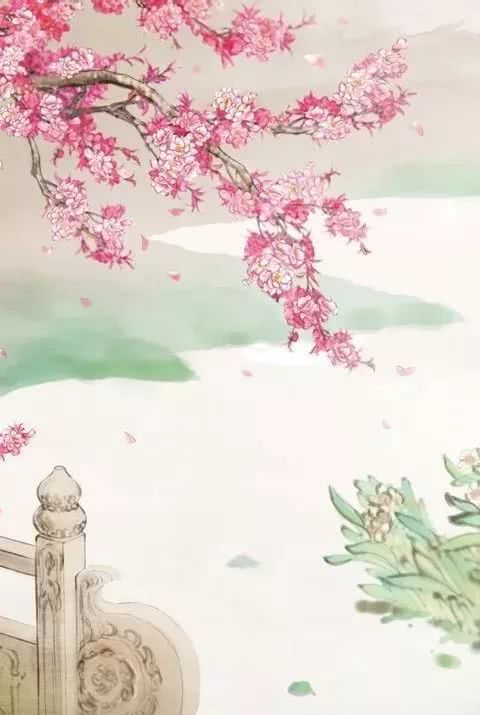
红深绿暗径相交，抱暖含芳披紫袍。